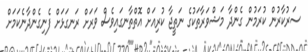
ސަރުކާރުން ކުރަމުން ގެންދާ މަޝްވަރާތަކުގެ ނަތީޖާ ކުރިއަށް އޮތްތާނގައިވެސް ވަރަށް ރަނގަޅަށް ފެނިގެންދާނެކަމަށް